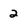
Character: 2